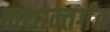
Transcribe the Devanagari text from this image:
कथान्तर्गत